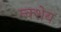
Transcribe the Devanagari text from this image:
न्क्शेय